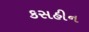
કસહીન